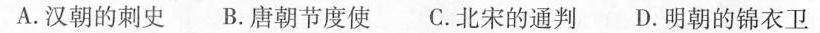
A.汉朝的刺史 B.唐朝节度使 C.北宋的通判D.明朝的锦衣卫